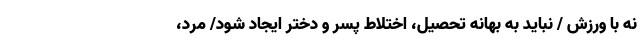
نه با ورزش / نباید به بهانه تحصیل، اختلاط پسر و دختر ایجاد شود/ مرد،